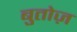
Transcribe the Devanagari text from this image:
बुतोज़